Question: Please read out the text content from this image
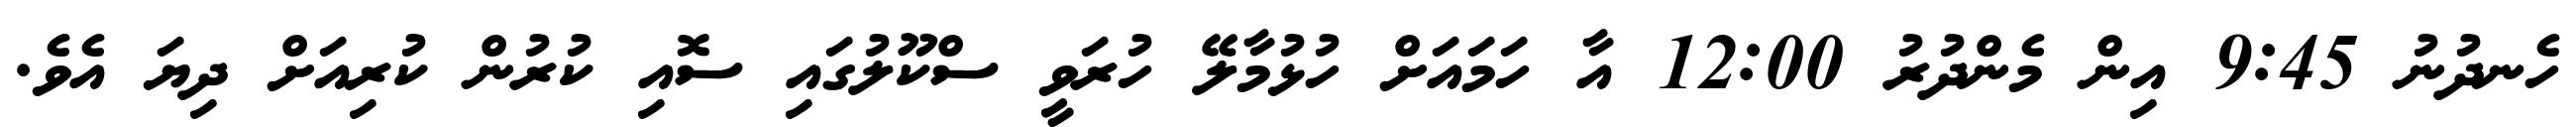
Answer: ހެނދުނު 9:45 އިން މެންދުރު 12:00 އާ ހަމައަށް ހުޅުމާލޭ ހުރަވީ ސްކޫލުގައި ސޮއި ކުރުން ކުރިއަށް ދިޔަ އެވެ.